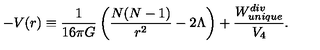
- V ( r ) \equiv { \frac { 1 } { 1 6 \pi G } } \left( { \frac { N ( N - 1 ) } { r ^ { 2 } } } - 2 \Lambda \right) + { \frac { W _ { u n i q u e } ^ { d i v } } { V _ { 4 } } } .